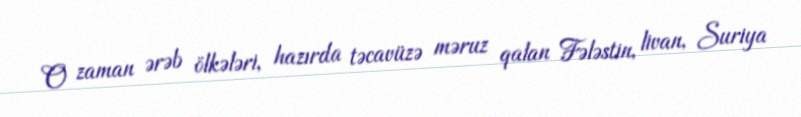
O zaman ərəb ölkələri, hazırda təcavüzə məruz qalan Fələstin, livan, Suriya